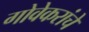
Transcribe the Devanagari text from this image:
गोवेकरांचे